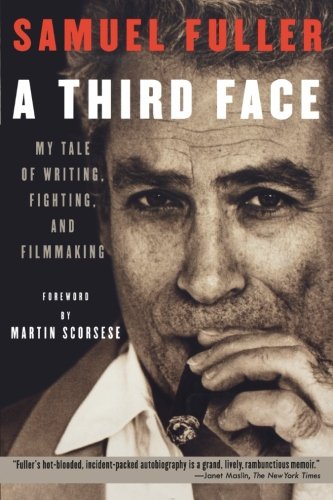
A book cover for A Third Face: My Tale of Writing, Fighting and Filmmaking; Samuel Fuller; Biographies & Memoirs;